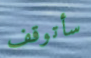
سأتوقف